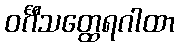
ဝင်္ဂီသတ္ထေရဂါထာ